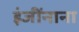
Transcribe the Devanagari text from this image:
इंजींनाना